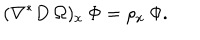
( \nabla ^ { * } D \: \Omega ) _ { x } \: \Phi = \rho _ { x } \: \Phi .